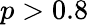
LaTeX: p>0.8